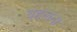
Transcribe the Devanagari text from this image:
बहलदा